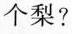
个梨？